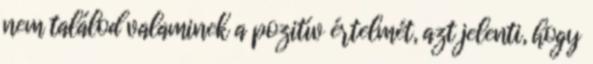
nem találod valaminek a pozitív értelmét, azt jelenti, hogy